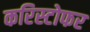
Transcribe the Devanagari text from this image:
करिस्टोफर